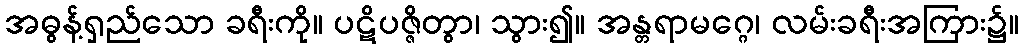
အဓွန့်ရှည်သော ခရီးကို။ ပဋိပဇ္ဇိတွာ၊ သွား၍။ အန္တရာမဂ္ဂေ၊ လမ်းခရီးအကြား၌။